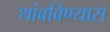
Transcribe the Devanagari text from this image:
थांबविण्यास